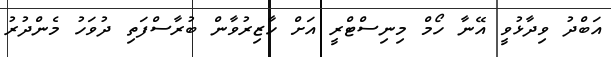
އަބްދު ވިދާޅުވީ އޭނާ ހޯމް މިނިސްޓްރީ އަށް ހާޒިރުވާން ބުރާސްފަތި ދުވަހު މެންދުރު